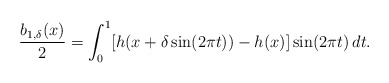
\begin{align*}\dfrac{b_{1,\delta}(x)}{2} =\int_0^1 [h(x+\delta \sin(2\pi t))-h(x)]\sin(2\pi t)\,dt.\end{align*}